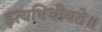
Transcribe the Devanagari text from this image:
इत्यभिधीयते॥